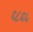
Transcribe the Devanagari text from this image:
६८६५